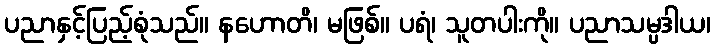
ပညာနှင့်ပြည့်စုံသည်။ နဟောတိ၊ မဖြစ်။ ပရံ၊ သူတပါးကို။ ပညာသမ္ပဒါယ၊